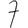
Digit: 7